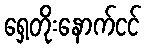
ရှေ့တိုးနောက်ငင်